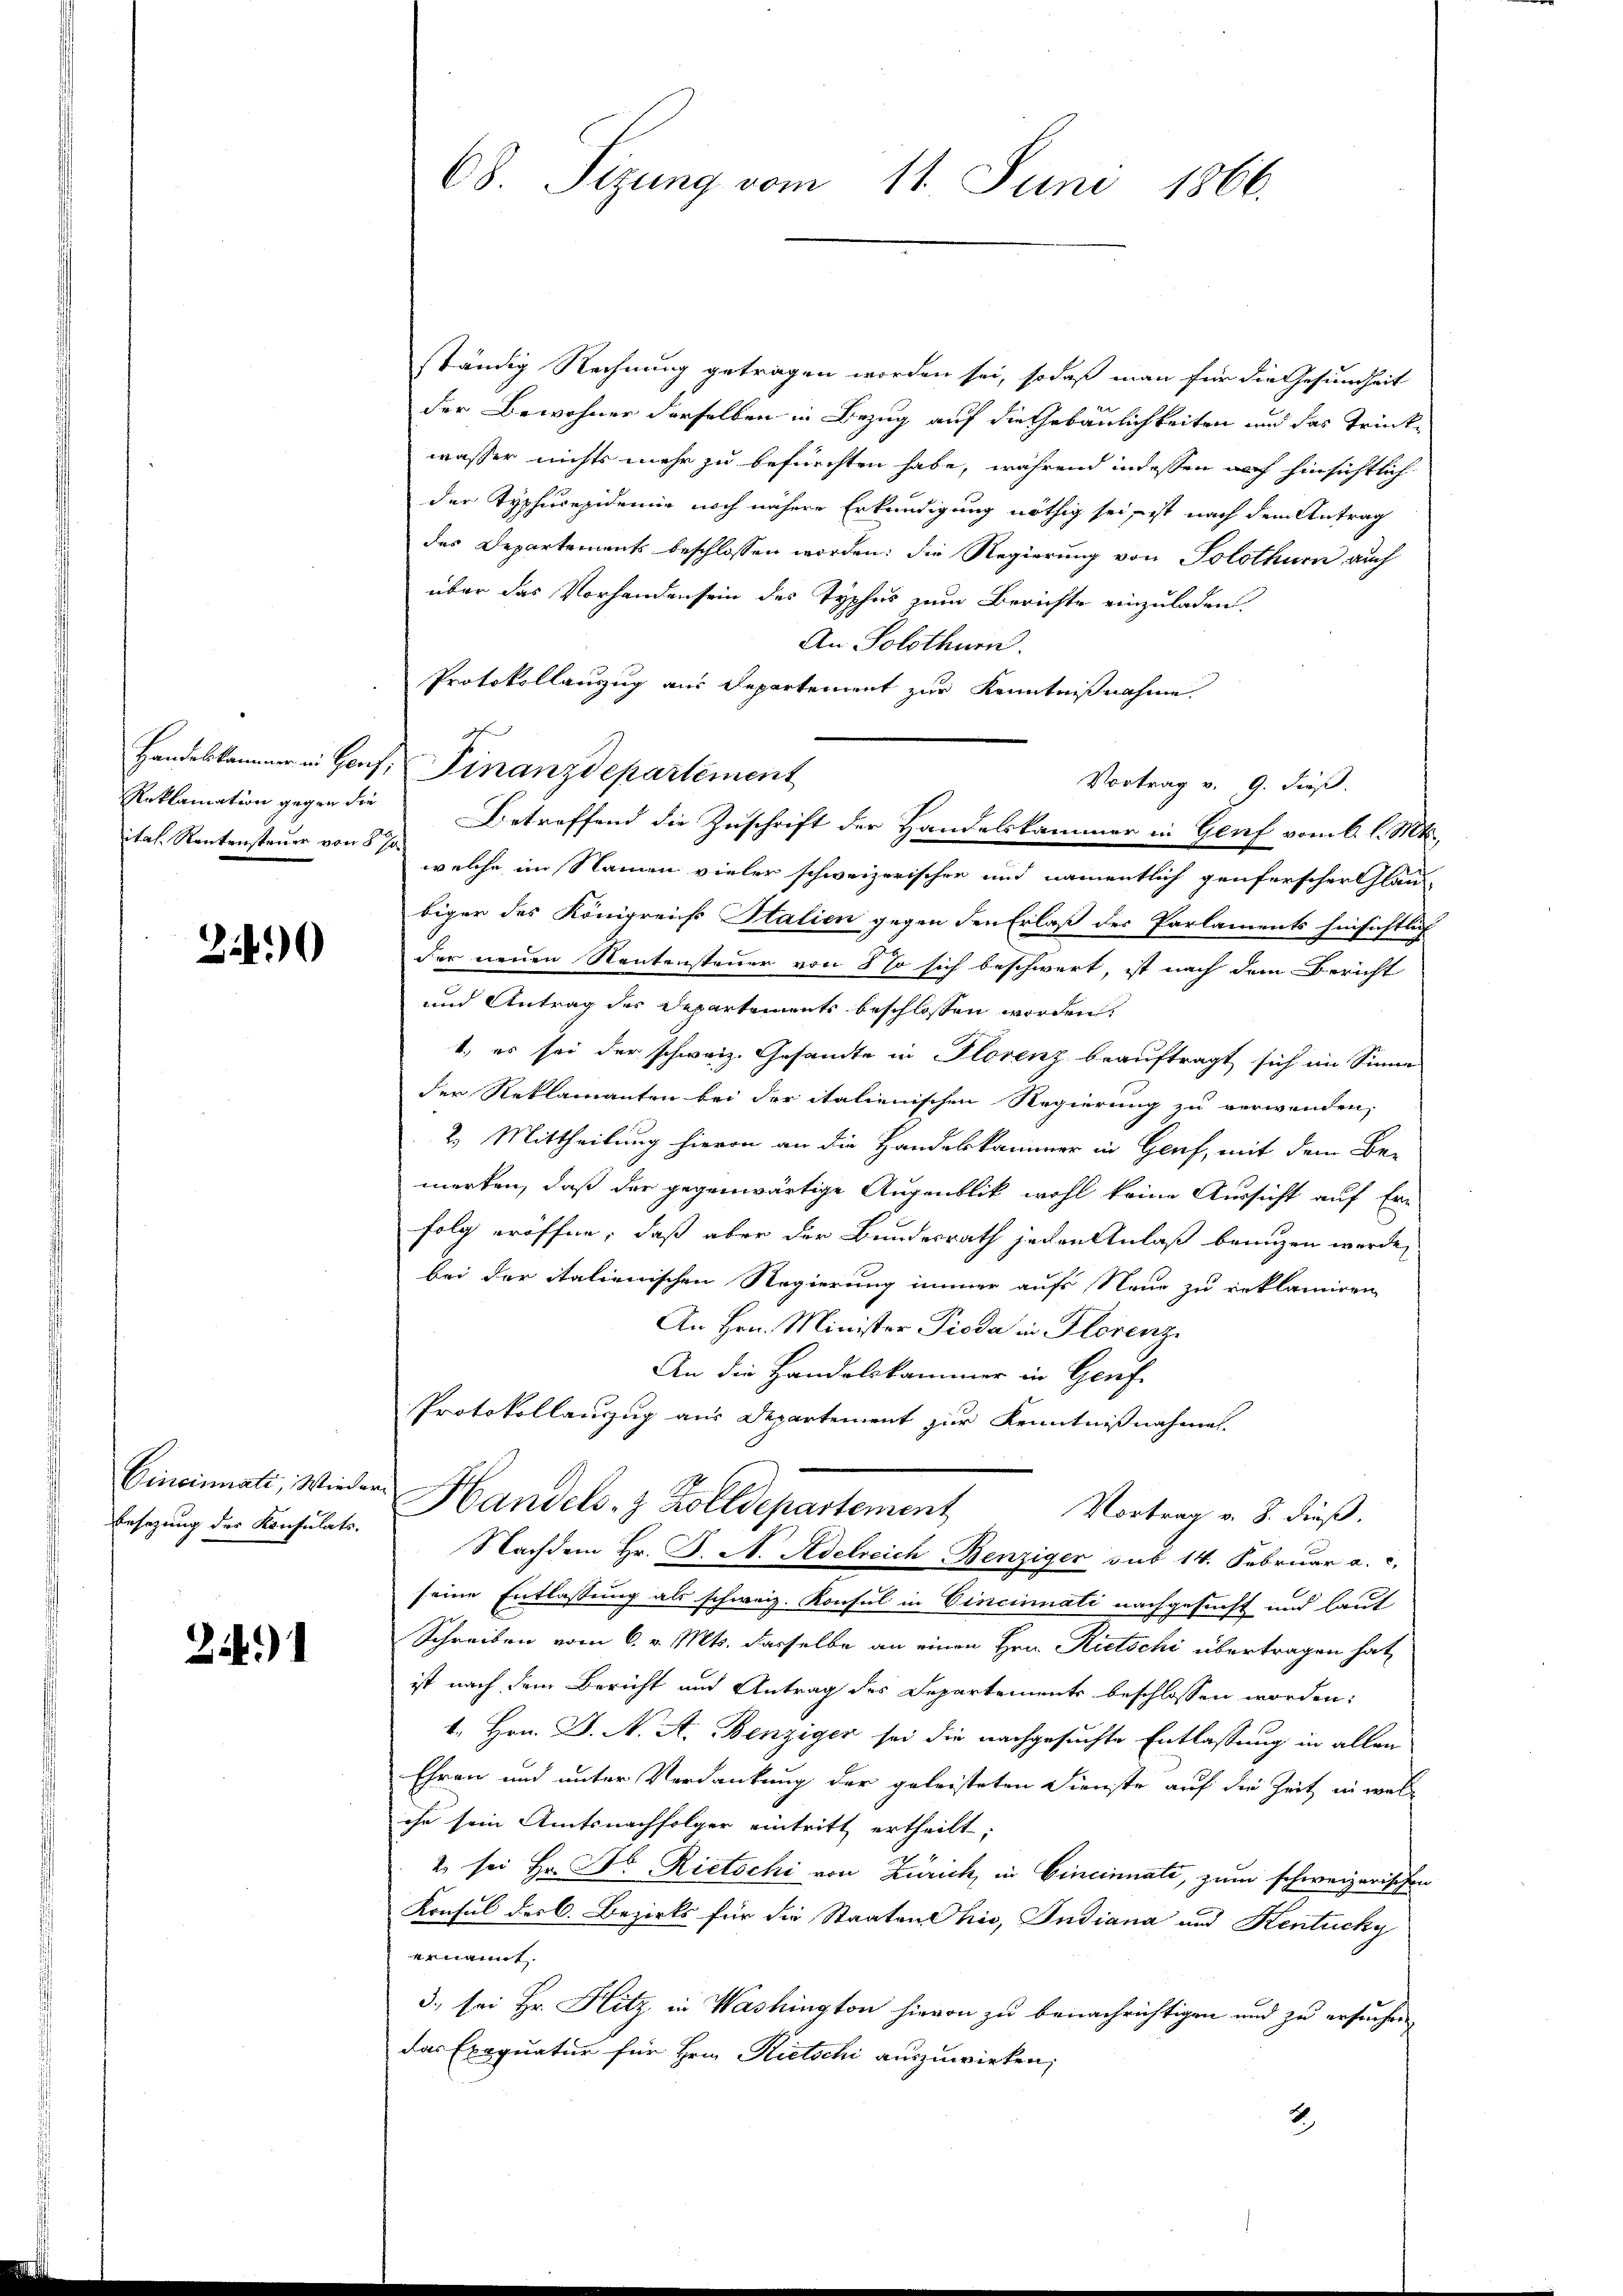
Reklamation gegen die

240

Cincinati, Wiede
besezung des Konsulats.

24.)

68. Sizung vom 11. Juni 1866.

ständig Rechnung getragen worden sei, sodaß man für die Gesundheit
der Bewohner derselben in Bezug auf die Gebäulichkeiten und das Trink-
wasser nichts mehr zu befürchten habe, während indessen noch hinsichtlich
der Typhucepidemie noch nähere Erkundigung nöthig sei, ist nach dem Antrag
des Departements beschlossen worden; die Regierung von Solothurn auch
über das Vorhandensein des Typhus zum Berichte einzuladen.
An Solothurn.
Protokollanzug aus Departement zur Kenntnißnahme
Vortrag v. 9. dieß.
Betreffend die Zuschrift der Handelskammer in Genf vom 6. l. Mts.
ital Rentensteuer von 5 welche im Namen vieler schweizerischer und namentlich genferscher Gläu-
biger des Königreich Italien gegen den Erlaß der Parlaments hinsichtlich
der neuen Rentensteuer von so sich beschwert, ist nach dem Bericht
und Antrag des Departements beschlossen worden.
1., es sei der schweiz. Gesandte in Florenz beauftragt sich im Sinne
der Reklamanten bei der italienischen Regierung zu verwenden,
2.) Mittheilung hievon an die Handelskammer in Genf, mit dem Be-
merken, daß der gegenwärtige Augenblik wohl keine Aussicht auf Er-
folg eröffne, daß aber der Bundesrath jeden Anlaß benuzen werde,
bei der italienischen Regierung immer aufs Neue zu erklamiren,
An Hrn. Minister Pioda in Florenz
An die Handelskammer in Genf
Protokollauszug aus Departement zur Kenntnißnahme
u Handels- & Zolldepartement
Vortrag v. J. dieß.
Nachdem Hr. J. A. Adelreich Benziger sub 14. Februar a. c.
seine Entlassung als schweiz. Konsul in Cincinnati nachgesucht und laut
Schreiben vom 6. v. Mts. dasselbe an einen Hrn. Rietschi übertragen hat,
ist nach dem Bericht und Antrag des Departements beschlossen worden:
1. Hrn. J. A. A. Benziger sei die nachgesuchte Entlassung in allen
Ehren und unter Verdankung der geleisteten Dienste auf die Zeit in welihr sein Amtsnachfolger eintritt ertheilt;
2 sei Hr. Dr. Rietschi von Zürich, in Cincinnate, zum schweizerischen
Konsul der C. Bezirks für die Staaten Chio, Indiana und Kentucky
eramt
3., sei Hr. Hitz in Washington hievon zu benachrichtigen und zu ersuchen
das Exequatur für Hrn. Rietschi auszuwirken;
2

Handeskammer in Hanf, Finanzdepartement